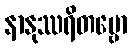
နာနုဿရိတဗ္ဗော